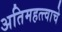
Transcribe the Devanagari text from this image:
अतिमहत्त्वाचे